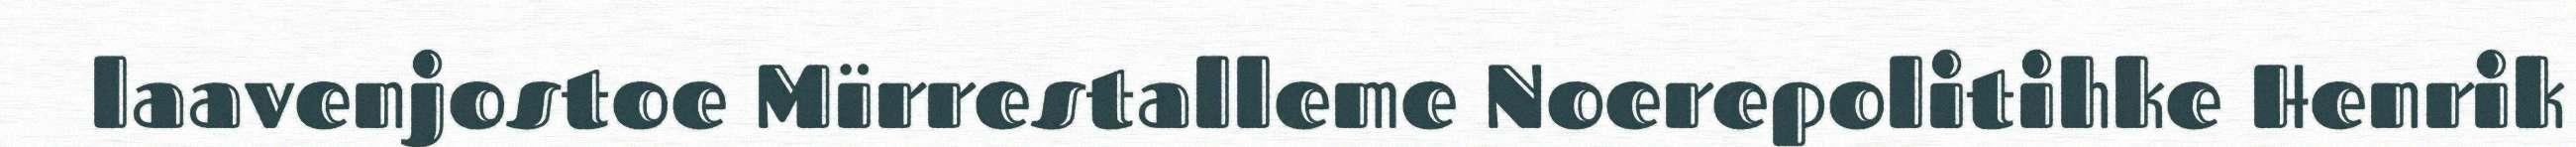
laavenjostoe Mïrrestalleme Noerepolitihke Henrik